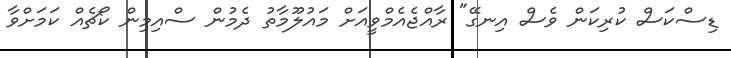
ޑިސްކަސް ކުރިކަން ވެސް އިނގޭ" ރާއްޖެއެމްވީއަށް މައުލޫމާތު ދެމުން ސްއިމިން ކޯޗެއް ކަމަށްވާ